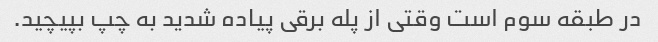
در طبقه سوم است وقتی از پله برقی پیاده شدید به چپ بپیچید.